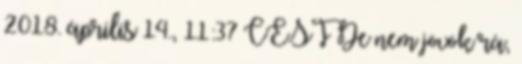
2018. április 14., 11:37 CEST De nem jövök rá,